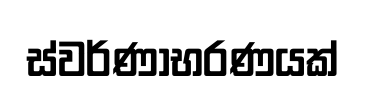
ස්වර්ණාභරණයක්